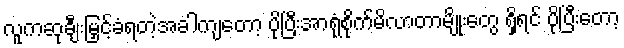
လူကဆုချီးမြှင့်ခံရတဲ့အခါကျတော့ ပိုပြီးအာရုံစိုက်မိလာတာမျိုးတွေ ရှိရင် ပိုပြီးတော့